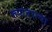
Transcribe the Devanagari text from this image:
रूपांतराचा